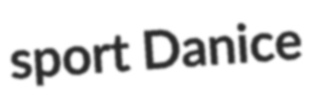
sport Danice